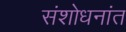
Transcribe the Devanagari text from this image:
संशोधनांत